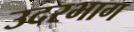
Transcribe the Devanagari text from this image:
उदरभाग